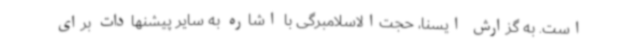
است. به گزارش ایسنا، حجت‌الاسلامبرگی با اشاره به سایر پیشنهادات برای